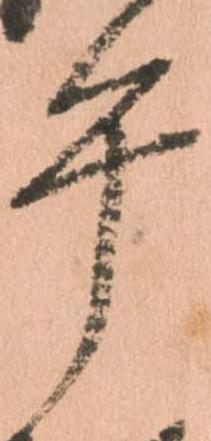
午